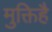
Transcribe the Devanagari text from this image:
मुक्तिहै